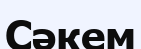
Сәкем